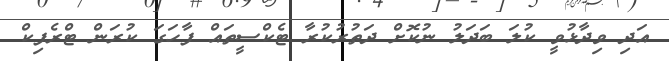
އަދި ވިދާޅުވީ ކުލަ ބަދަލު ނުކޮށް ދަތުރުކުރާ ޓެކްސީތައް ފާހަގަ ކުރަން ޓްރެފިކް